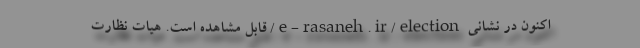
اکنون در نشانی e-rasaneh.ir/election/ قابل مشاهده است. هیات نظارت